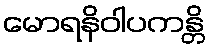
မောရနိဝါပကန္တိ